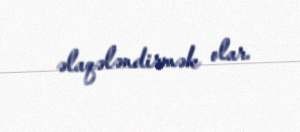
əlaqələndirmək olar.